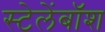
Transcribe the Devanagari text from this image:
स्टेलेंबॉश